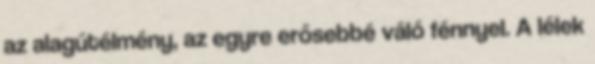
az alagútélmény, az egyre erősebbé váló fénnyel. A lélek